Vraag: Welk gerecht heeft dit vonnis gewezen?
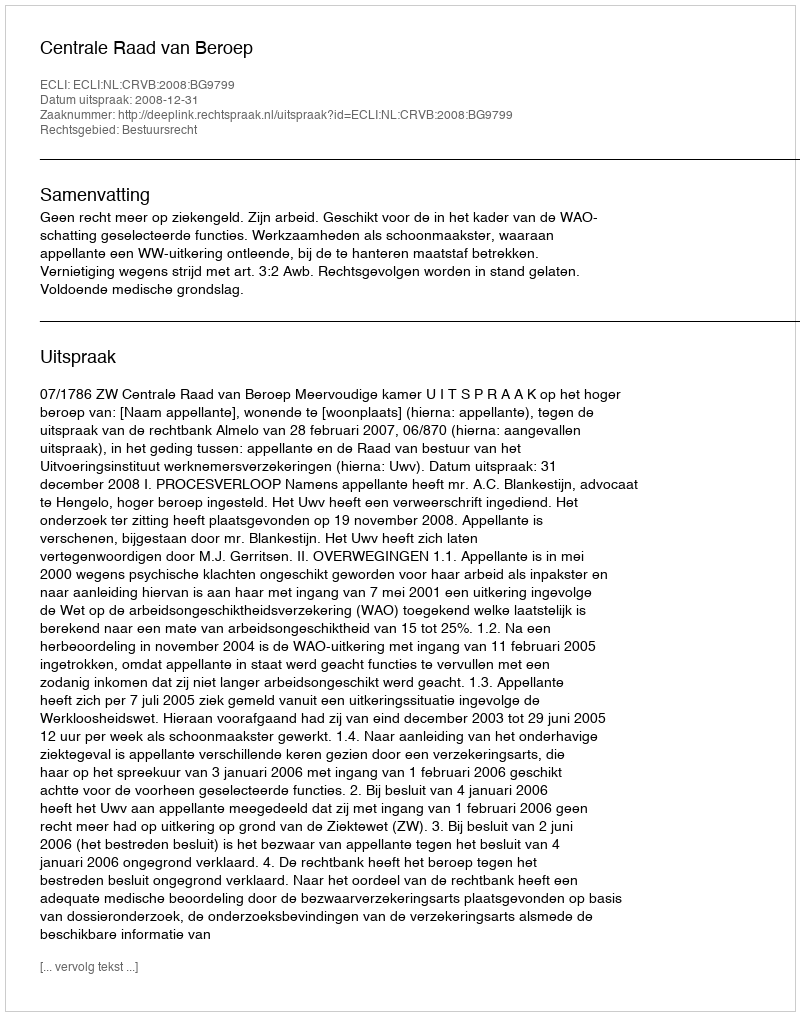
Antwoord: Centrale Raad van Beroep